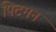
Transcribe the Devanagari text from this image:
पिटमन